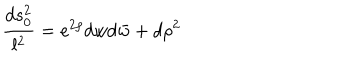
{ \frac { d s _ { 0 } ^ { 2 } } { l ^ { 2 } } } = e ^ { 2 \rho } d w d \bar { w } + d \rho ^ { 2 }